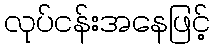
လုပ်ငန်းအနေဖြင့်